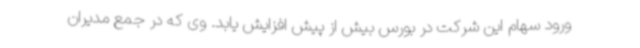
ورود سهام این شرکت در بورس بیش از پیش افزایش یابد. وی که در جمع مدیران